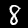
Label: 8